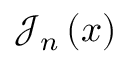
{ \mathcal { J } } _ { n } \left( x \right)